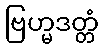
ဗြဟ္မဒတ္တံ